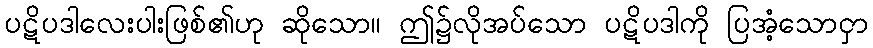
ပဋိပဒါလေးပါးဖြစ်၏ဟု ဆိုသော။ ဤ၌လိုအပ်သော ပဋိပဒါကို ပြအံ့သောငှာ